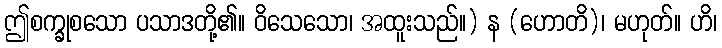
ဤစက္ခုစသော ပသာဒတို့၏။ ဝိသေသော၊ အထူးသည်။) န (ဟောတိ)၊ မဟုတ်။ ဟိ၊